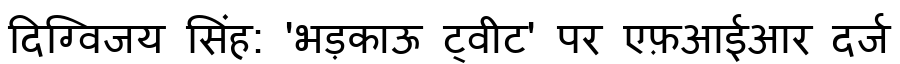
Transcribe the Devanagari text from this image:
दिग्विजय सिंह: 'भड़काऊ ट्वीट' पर एफ़आईआर दर्ज